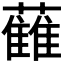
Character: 𱾻